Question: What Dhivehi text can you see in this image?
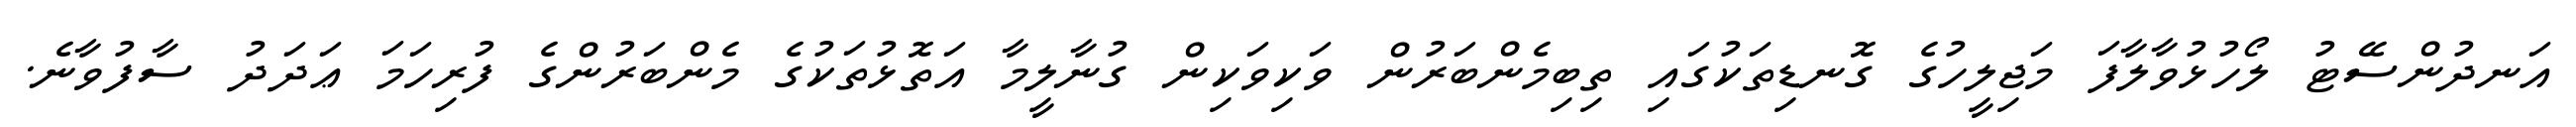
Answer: އަނދުންސޭޓު ލޯހުޅުވާލާފަ މަޖިލީހުގެ ގޮނޑިތަކުގައި ތިބިމެންބަރުން ވަކިވަކިން ގުނާލީމާ އަތޮޅުތަކުގެ މެންބަރުންގެ ފުރިހަމަ ޢަދަދު ސާފުވާނެ.